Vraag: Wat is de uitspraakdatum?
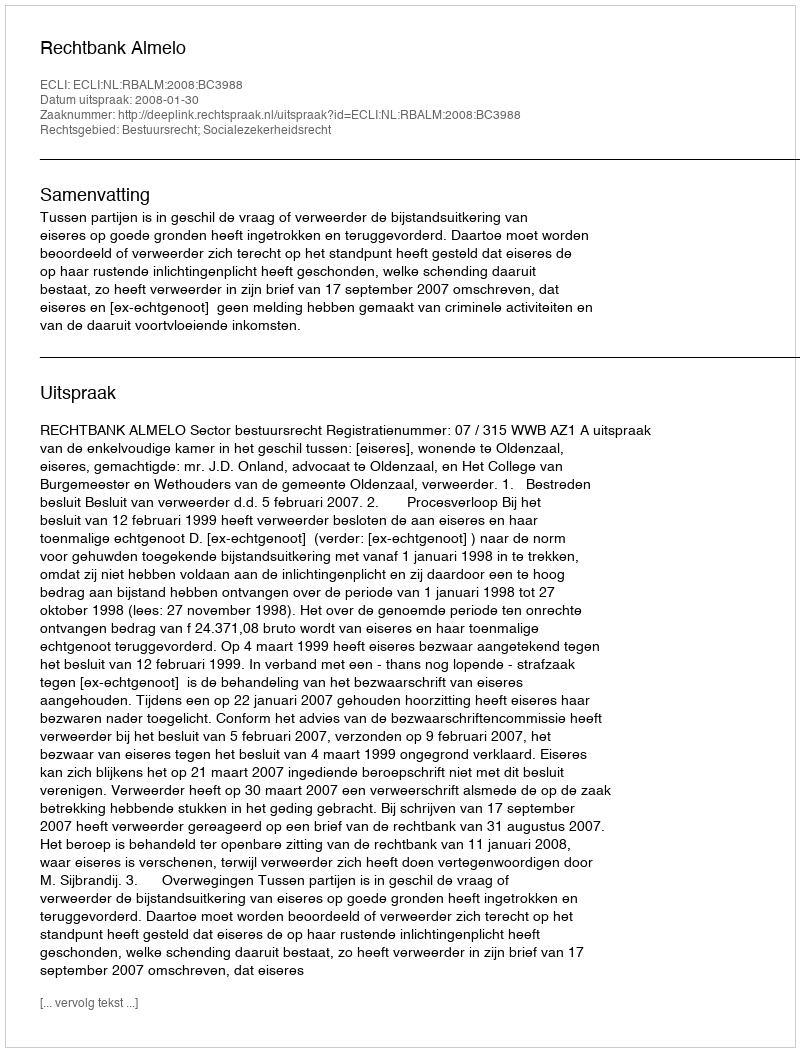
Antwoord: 2008-01-30